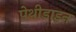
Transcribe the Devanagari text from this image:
पेथीडाइन